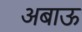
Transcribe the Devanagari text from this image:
अबाऊ